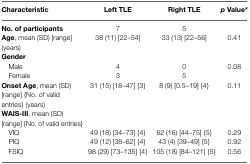
| Characteristic | Left TLE | Right TLE | p Value* |
 | --- | --- | --- | --- |
 | No. of participants | 7 | 5 |  |
 | Age, mean (SD) [range] (years) | 38 (11) [22–54] | 33 (13) [22–56] | 0.41 |
 | Gender |  |  |  |
 | Male | 4 | 0 | 0.08 |
 | Female | 3 | 5 |  |
 | Onset Age, mean (SD) [range] {No. of valid entries} (years) | 31 (15) [18–47] {3} | 8 (9) [0.5–19] {4} | 0.11 |
 | WAIS-III, mean (SD) [range] {No. of valid entries} |  |  |  |
 | VIQ | 49 (18) [34–73] {4} | 62 (16) [44–75] {5} | 0.29 |
 | PIQ | 49 (12) [38–62] {4} | 43 (4) [39–49] {5} | 0.92 |
 | FSIQ | 98 (29) [73–135] {4} | 105 (18) [84–121] {5} | 0.56 |